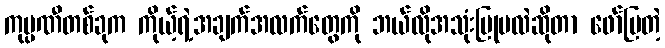
ကုမ္ပဏီတစ်ခုက ကိုယ့်ရဲ့အချက်အလက်တွေကို ဘယ်လိုအသုံးပြုမလဲဆိုတာ ဖော်ပြတဲ့